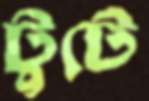
টুটে